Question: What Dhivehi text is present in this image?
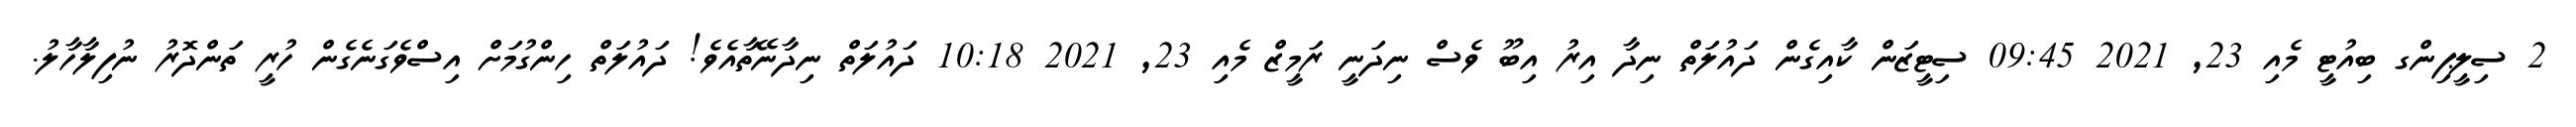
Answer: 2 ސިލީޕިންގ ބިއުޓީ މެއި 23, 2021 09:45 ސިޓީޒަން ކާއިގެން ދައުލަތް ނިދާ އިރު އިބޫ ވެސް ނިދަނީ ރަމީޒް މެއި 23, 2021 10:18 ދައުލަތް ނިދާނޭތާއެވެ! ދައުލަތް ހިންގުމަށް އިސްވެގަނެގެން ހުރީ ތަންދޮރު ނުފިލާހާލު.